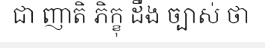
ជា ញាតិ ភិក្ខុ ដឹង ច្បាស់ ថា